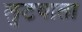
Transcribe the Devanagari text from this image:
लुटवाता